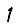
Digit: 1